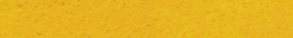
محل بيع السيارات المستعمل